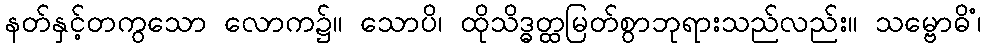
နတ်နှင့်တကွသော လောက၌။ သောပိ၊ ထိုသိဒ္ဓတ္ထမြတ်စွာဘုရားသည်လည်း။ သမ္ဗောဓိံ၊